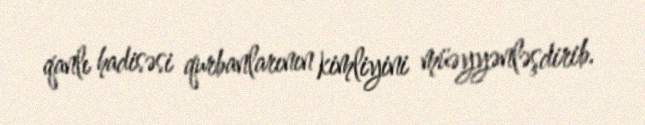
qanlı hadisəsi qurbanlarının kimliyini müəyyənləşdirib.